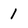
Character: 1